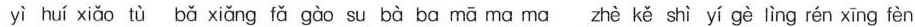
yì huí xiǎo tù bǎ xiǎng fǎ gào su bà ba mā ma ma zhè kě shì yí gè lìng rén xīng fèn